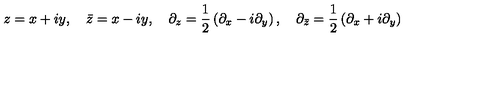
z = x + i y , \quad \bar { z } = x - i y , \quad \partial _ { z } = \frac { 1 } { 2 } \left( \partial _ { x } - i \partial _ { y } \right) , \quad \partial _ { \bar { z } } = \frac { 1 } { 2 } \left( \partial _ { x } + i \partial _ { y } \right) \,